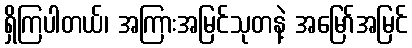
ရှိကြပါတယ်၊ အကြားအမြင်သုတနဲ့ အမြော်အမြင်